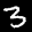
Label: 3